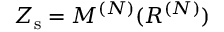
Z _ { \mathrm { s } } = M ^ { ( N ) } ( R ^ { ( N ) } )